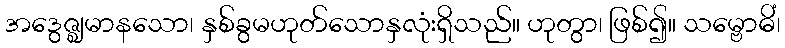
အဒွေဇ္ဈမာနသော၊ နှစ်ခွမဟုတ်သောနှလုံးရှိသည်။ ဟုတွာ၊ ဖြစ်၍။ သမ္ဗောဓိံ၊